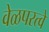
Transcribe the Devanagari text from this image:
वेळपरत्वे